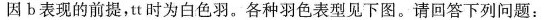
因b表现的前提，tt时为白色羽。各种羽色表型见下图。请回答下列问题：